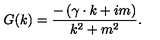
G ( k ) = \frac { - \left( \gamma \cdot k + i m \right) } { k ^ { 2 } + m ^ { 2 } } .